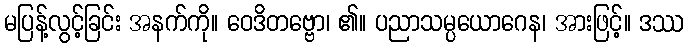
မပြန့်လွင့်ခြင်း အနက်ကို။ ဝေဒိတဗ္ဗော၊ ၏။ ပညာသမ္ပယောဂေန၊ အားဖြင့်။ ဒဿ